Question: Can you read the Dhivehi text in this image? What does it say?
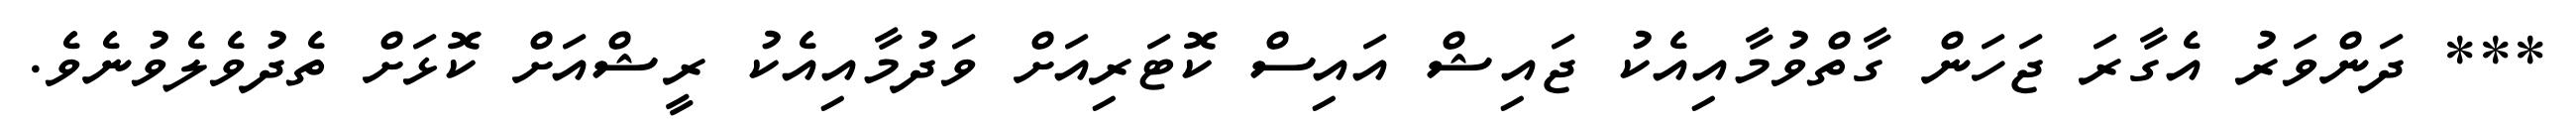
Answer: *** ދަންވަރު އެގާރަ ޖަހަން ގާތްވުމާއިއެކު ޖައިޝް އައިސް ކޮޓަރިއަށް ވަދުމާއިއެކު ރީޝްއަށް ކޮޅަށް ތެދުވެލެވުނެވެ.